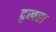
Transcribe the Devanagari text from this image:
दुखरा